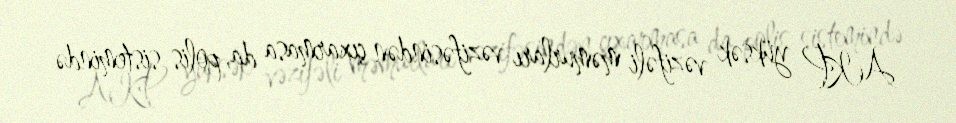
AKP yüksək vəzifəli məmurları vəzifəsindən çıxarmasa da, polis sistemində